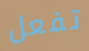
تفعل